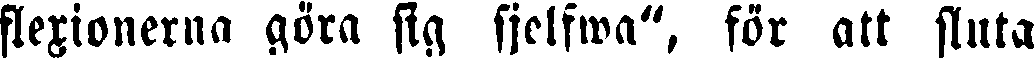
flexionerna göra sig sjelfwa", för att sluta